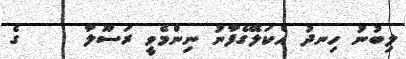
ލިބުނު ހިނދު އެކަލޭގެފާނު ނިންމެވީ ރަސޫލާ     ގެ